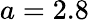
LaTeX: a=2.8